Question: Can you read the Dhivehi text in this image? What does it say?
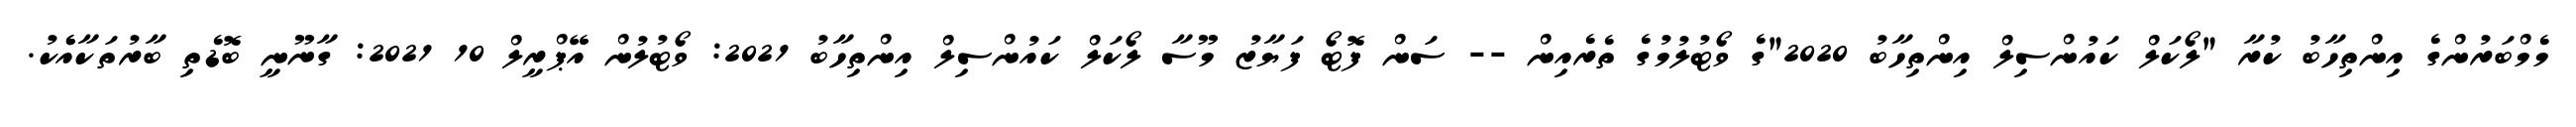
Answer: މެމްބަރުންގެ އިންތިހާބު ކުރާ "ލޯކަލް ކައުންސިލް އިންތިހާބު 2020"ގެ ވޯޓުލުމުގެ ތެރެއިން -- ސަން ފޮޓޯ ފަޔާޒު މޫސާ ލޯކަލް ކައުންސިލް އިންތިހާބު 2021: ވޯޓުލުން އޭޕްރީލް 10 2021: ގާނޫނީ ބޮޑެތި ބާރުތަކާއެެކު.